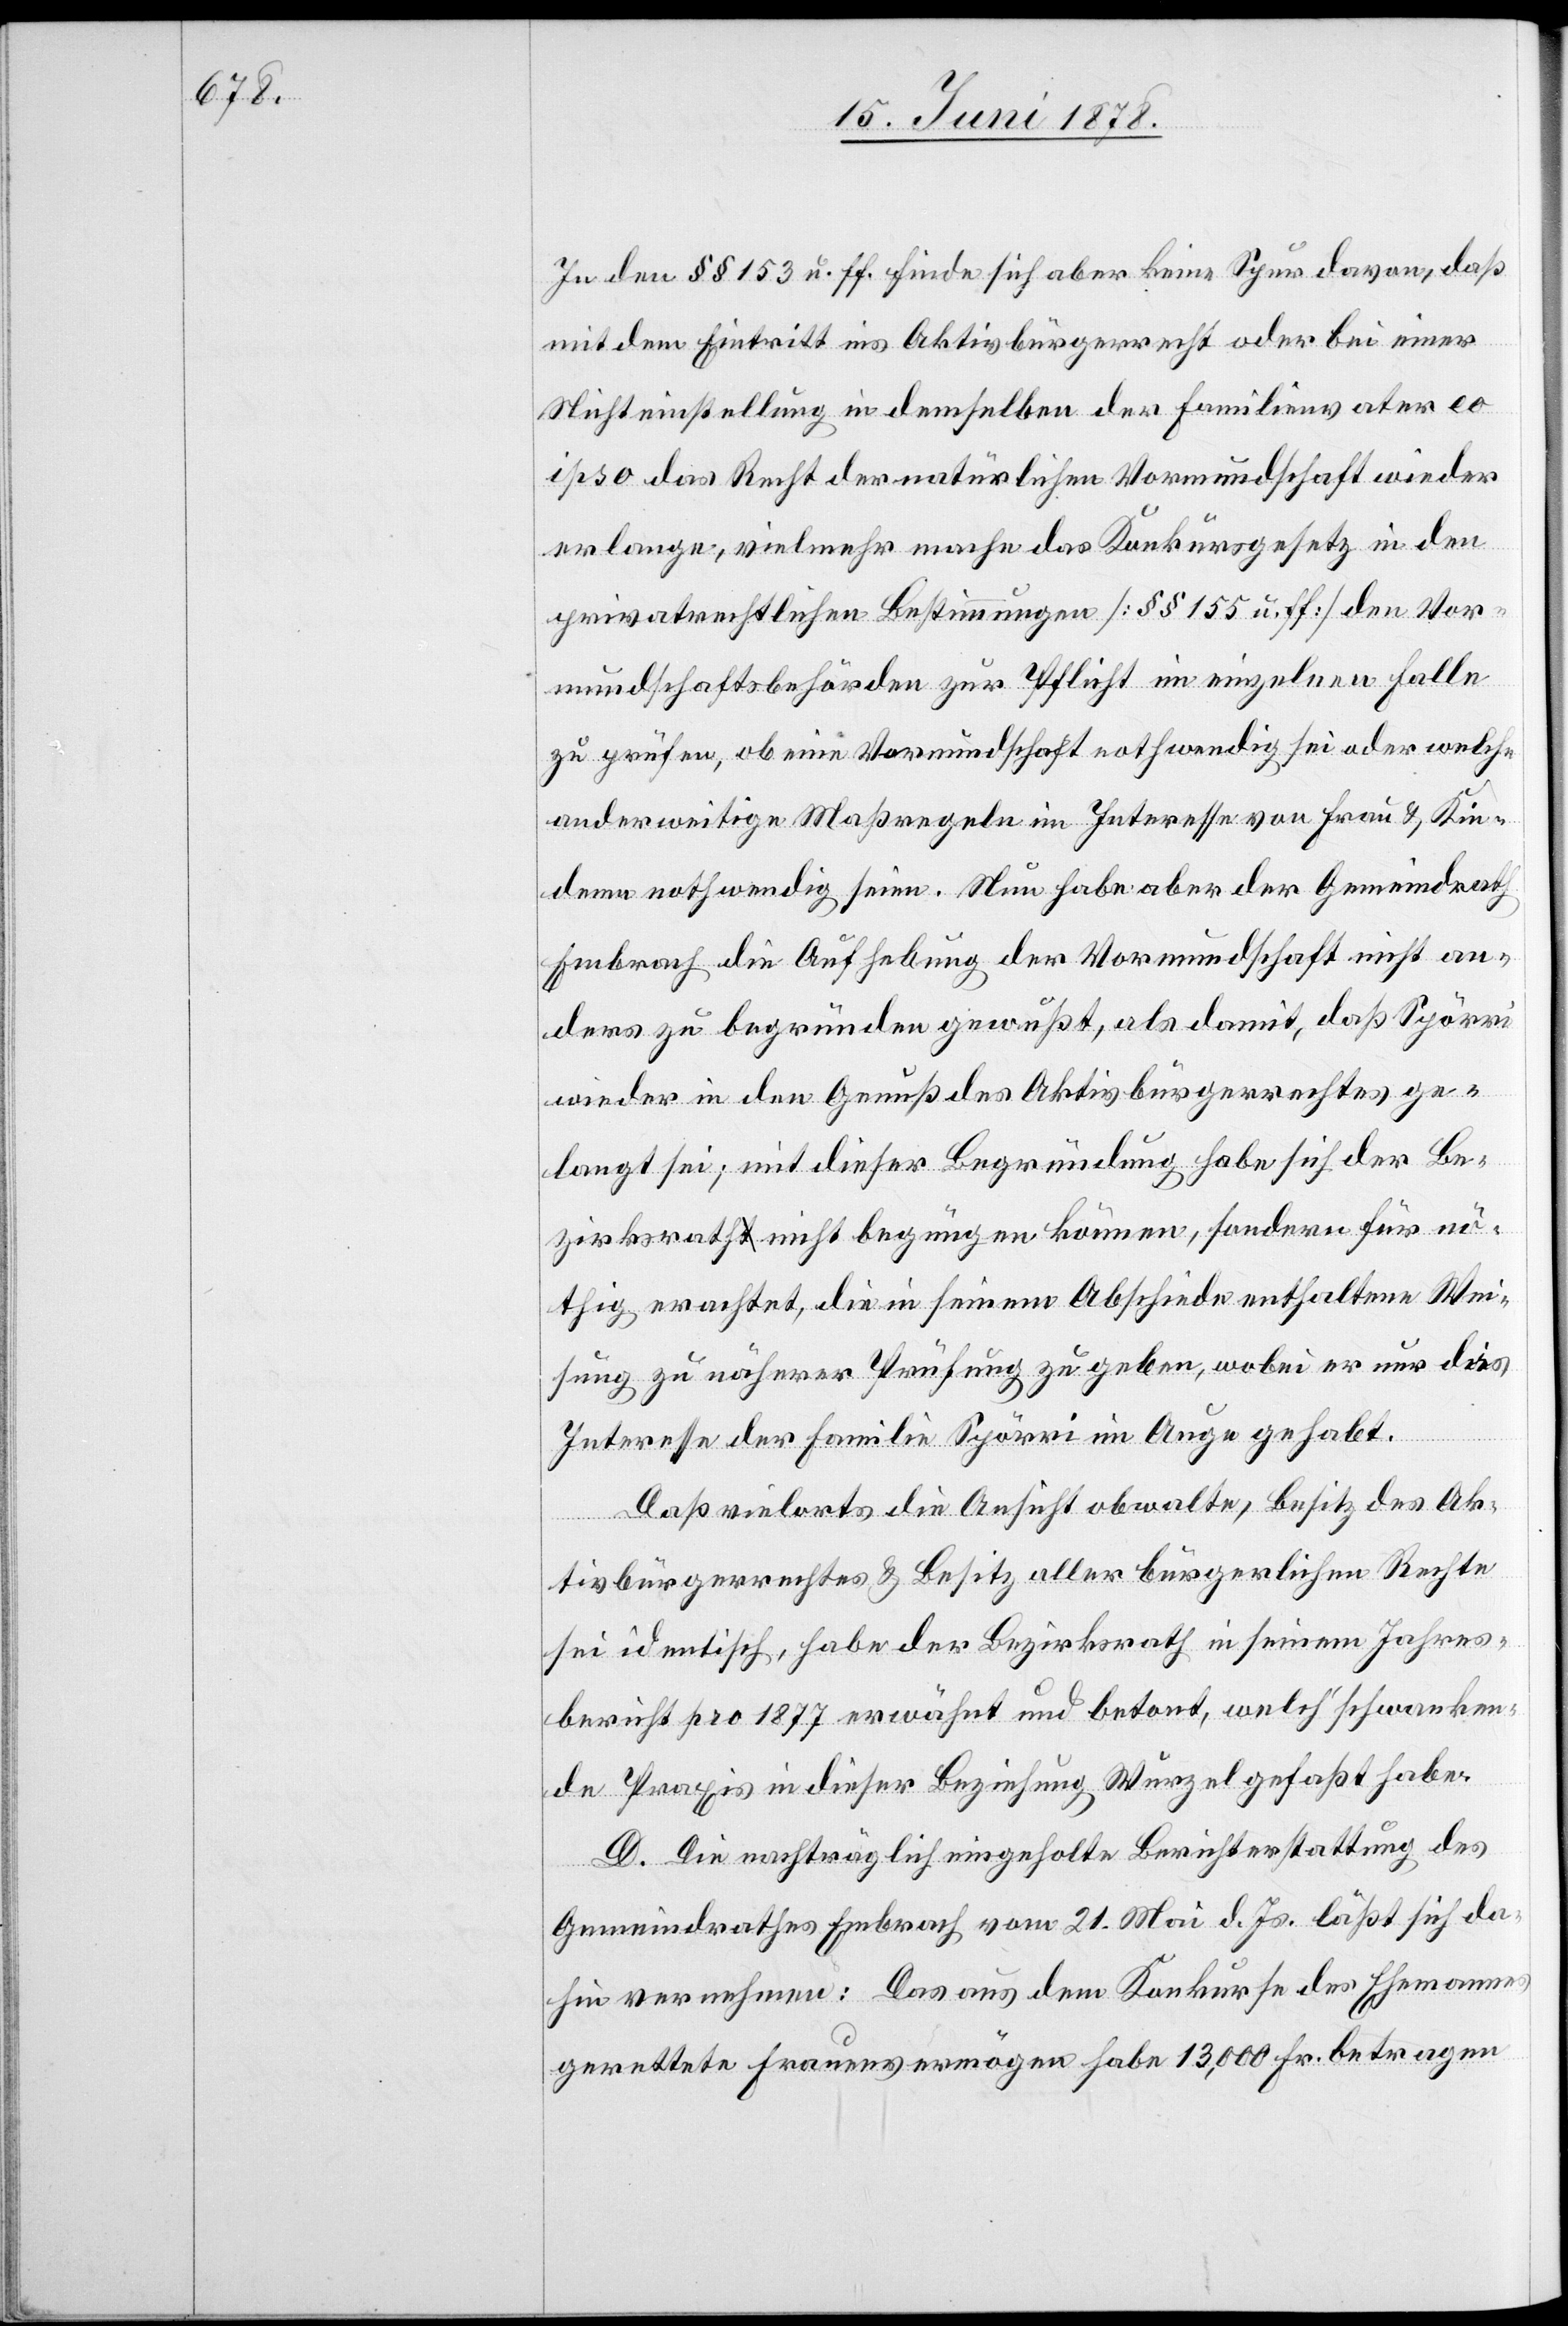
In den §§ 153 u. ff. finde sich aber keine Spur davon, daß
mit dem Eintritt ins Aktivbürgerrecht oder bei einer
Nichteinstellung in demselben der Familienvater eo
ipso das Recht der natürlichen Vormundschaft wieder
erlange, vielmehr mache das Konkursgesetz in den
privatrechtlichen Bestimmungen [§§ 155 u. ff.] den Vor¬
mundschaftsbehörden zur Pflicht im einzelnen Falle
zu prüfen, ob eine Vormundschaft nothwendig sei oder welche
anderweitige Maßregeln im Interesse von Frau & Kin¬
dern nothwendig seien. Nun habe aber der Gemeindrath
Embrach die Aufhebung der Vormundschaft nicht an¬
ders zu begründen gewußt, als damit, daß Spörri
wieder in den Genuß des Aktivbürgerrechtes ge¬
langt sei; mit dieser Begründung habe sich der Be¬
zirksrath nicht begnügen können, sondern für nö¬
thig erachtet, die in seinem Abschiede enthaltene Wei¬
sung zu näherer Prüfung zu geben, wobei er nur das
Interesse der Familie Spörri im Auge gehabt.
Daß vielorts die Ansicht obwalte, Besitz des Ak¬
tivbürgerrechtes & Besitz aller bürgerlichen Rechte
sei identisch, habe der Bezirksrath in seinem Jahres¬
bericht pro 1877 erwähnt und betont, welch’ schwanken¬
de Praxis in dieser Beziehung Wurzel gefaßt habe.
D. Die nachträglich eingeholte Berichterstattung des
Gemeindrathes Embrach vom 21. Mai d. Js. läßt sich da¬
hin vernehmen: Das aus dem Konkurse des Ehemannes
gerettete Frauenvermögen habe 13,000 Fr. betragen